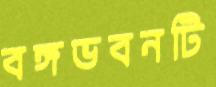
বঙ্গভবনটি